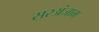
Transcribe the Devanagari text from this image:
सरअंजाम